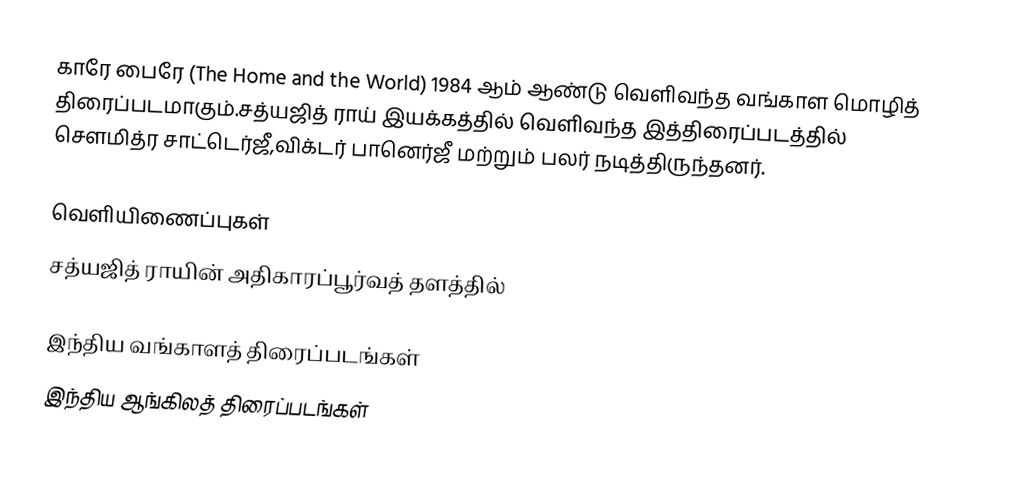
காரே பைரே (The Home and the World) 1984 ஆம் ஆண்டு வெளிவந்த வங்காள மொழித் திரைப்படமாகும்.சத்யஜித் ராய் இயக்கத்தில் வெளிவந்த இத்திரைப்படத்தில் சௌமித்ர சாட்டெர்ஜீ,விக்டர் பானெர்ஜீ மற்றும் பலர் நடித்திருந்தனர்.

வெளியிணைப்புகள்
 சத்யஜித் ராயின் அதிகாரப்பூர்வத் தளத்தில்

இந்திய வங்காளத் திரைப்படங்கள்
இந்திய ஆங்கிலத் திரைப்படங்கள்